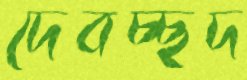
দেবচ্ছদ